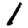
Digit: 1